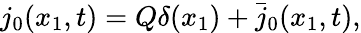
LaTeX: j_{0}(x_{1},t)=Q\delta(x_{1})+\bar{j}_{0}(x_{1},t),